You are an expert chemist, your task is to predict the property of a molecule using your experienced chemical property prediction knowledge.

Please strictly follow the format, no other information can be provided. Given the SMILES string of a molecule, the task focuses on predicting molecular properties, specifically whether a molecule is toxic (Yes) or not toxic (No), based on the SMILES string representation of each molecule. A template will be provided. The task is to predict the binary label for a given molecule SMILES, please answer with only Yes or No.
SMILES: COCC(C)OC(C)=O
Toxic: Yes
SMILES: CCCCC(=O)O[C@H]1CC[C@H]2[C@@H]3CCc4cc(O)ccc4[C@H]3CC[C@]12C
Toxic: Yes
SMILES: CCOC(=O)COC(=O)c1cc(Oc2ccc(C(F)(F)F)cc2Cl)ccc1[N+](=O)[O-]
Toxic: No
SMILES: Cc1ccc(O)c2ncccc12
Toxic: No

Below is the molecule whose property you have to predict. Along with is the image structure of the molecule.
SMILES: CCCCc1cc2ccccc2c(OCCN(C)C)n1
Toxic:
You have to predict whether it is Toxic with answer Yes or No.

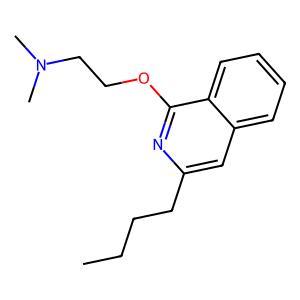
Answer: No